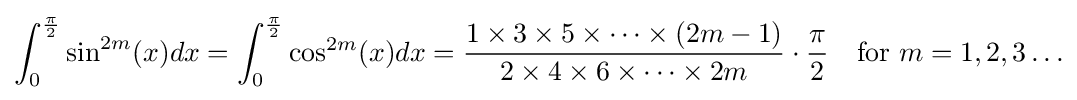
\int _{0}^{\frac {\pi }{2}}\sin ^{2m}(x)dx=\int _{0}^{\frac {\pi }{2}}\cos ^{2m}(x)dx={\frac {1\times 3\times 5\times \cdots \times (2m-1)}{2\times 4\times 6\times \cdots \times 2m}}\cdot {\frac {\pi }{2}}\quad {\text{for }}m=1,2,3\ldots